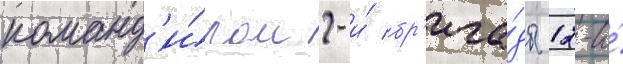
команд'и́ром 2-и́ бр'ига́ды 12-и́